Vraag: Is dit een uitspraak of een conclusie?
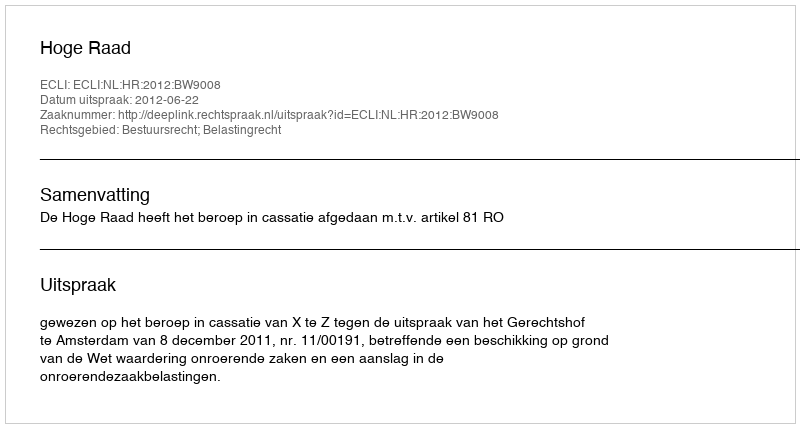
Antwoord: Uitspraak